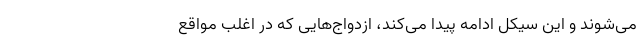
می‌شوند و این سیکل ادامه پیدا می‌کند، ازدواج‌هایی که در اغلب مواقع